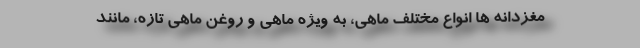
مغزدانه ها انواع مختلف ماهی، به ویژه ماهی و روغن ماهی تازه، مانند